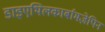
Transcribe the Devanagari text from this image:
डाइएथिलकार्बामज़ेपिन